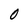
Character: 0